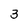
Character: 3